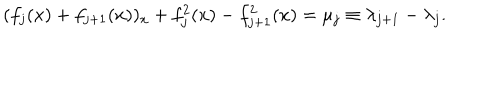
LaTeX: ( f _ { j } ( x ) + f _ { j + 1 } ( x ) ) _ { x } + f _ { j } ^ { 2 } ( x ) - f _ { j + 1 } ^ { 2 } ( x ) = \mu _ { j } \equiv \lambda _ { j + 1 } - \lambda _ { j } .